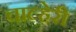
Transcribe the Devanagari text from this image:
चाल्हेरी